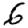
Digit: 6